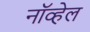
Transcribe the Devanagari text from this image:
नॉव्हेल